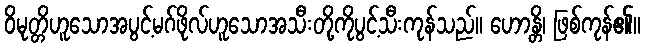
ဝိမုတ္တိဟူသောအပွင့်မဂ်ဖိုလ်ဟူသောအသီးတို့ကိုပွင့်သီးကုန်သည်။ ဟောန္တိ၊ ဖြစ်ကုန်၏။